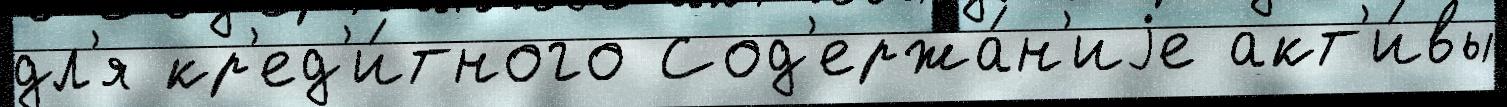
дл'я кр'ед'и́тного Сод'ержа́н'иjе акт'и́вы